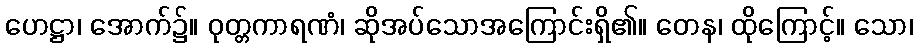
ဟေဋ္ဌာ၊ အောက်၌။ ဝုတ္တကာရဏံ၊ ဆိုအပ်သောအကြောင်းရှိ၏။ တေန၊ ထိုကြောင့်။ သော၊